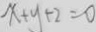
x + y + 2 = 0